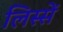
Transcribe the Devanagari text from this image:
लिस्सें